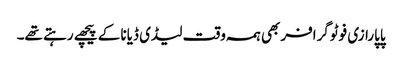
پاپارازی فوٹوگرافر بھی ہمہ وقت لیڈی ڈیانا کے پیچھے رہتے تھے۔